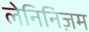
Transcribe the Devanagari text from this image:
लेनिनिज़म